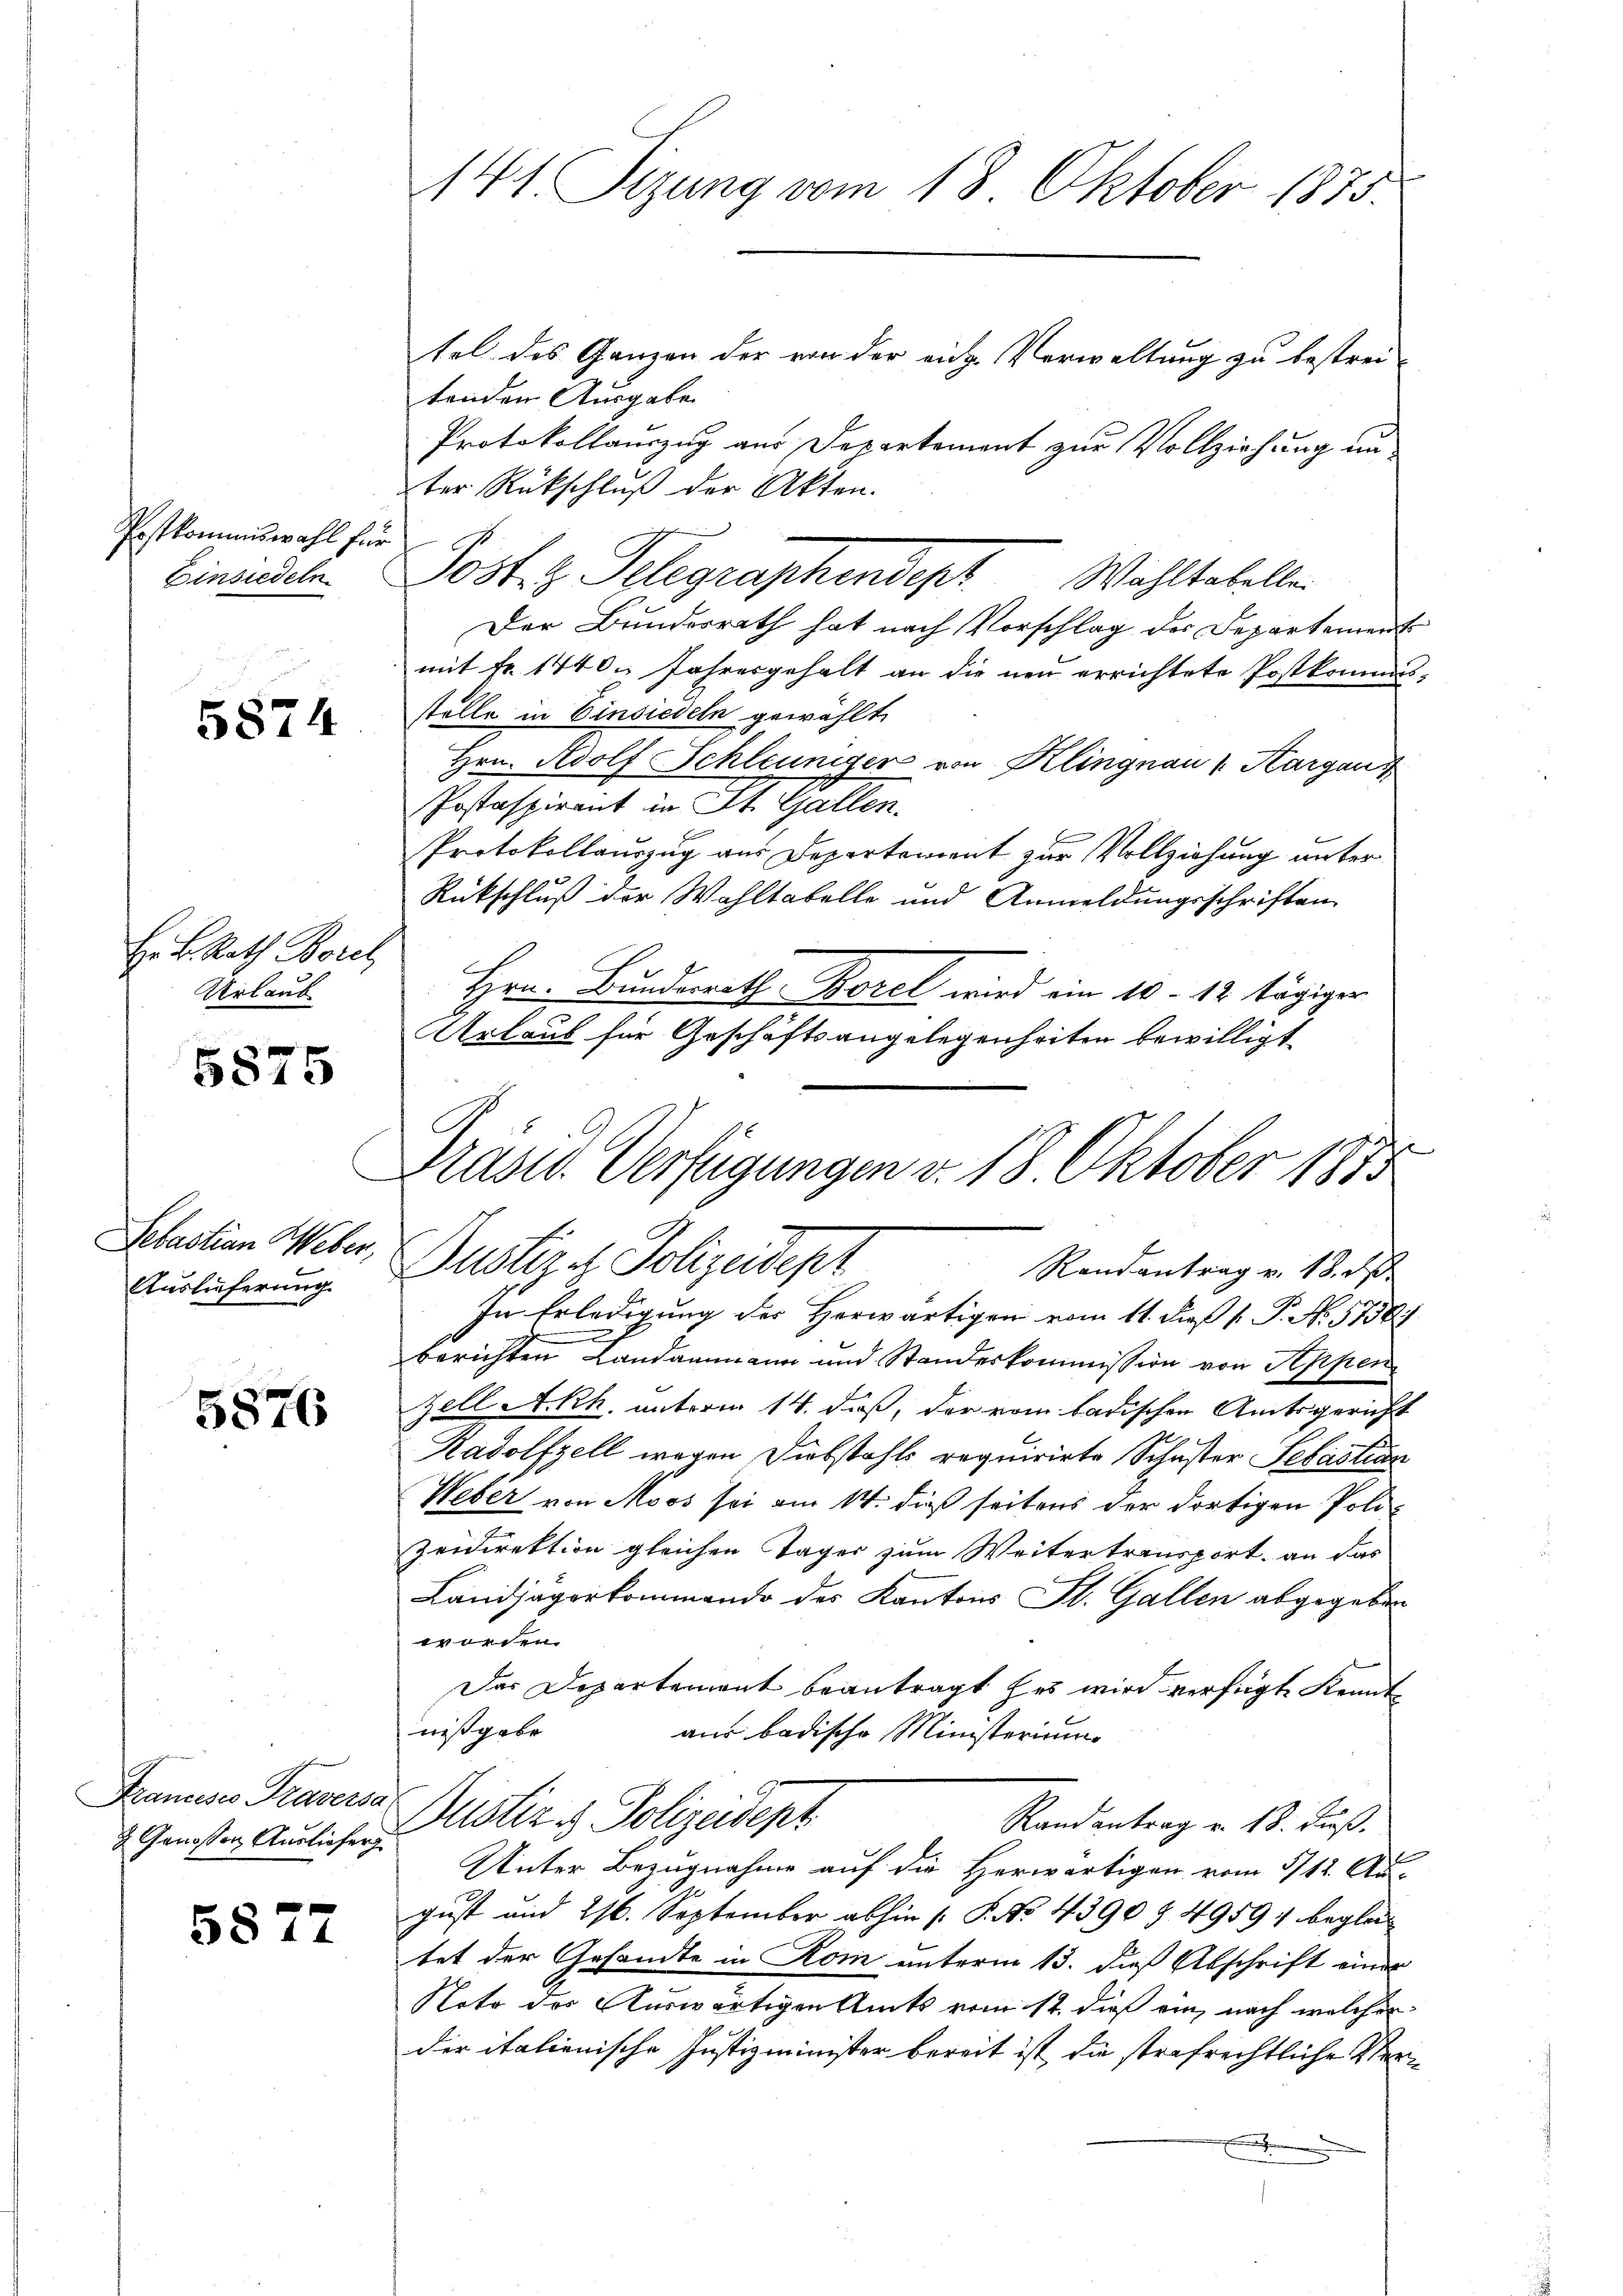
Postkommiswahl fü
Einsiedeln.

5874

Hr. K. Rath Borel
Urlaub

5875

Auslieferung

5876

5877

141. Tizung vom 18. Oktober 1873.

tel des Ganzen der von der eidg. Verwaltung zu bestrei-
tenden Ausgaben
Protokollauszug aus Departement zur Vollziehung un
2ter Rückschluß der Akten.
Posten Telegraphendept Wohltabellen.
Der Bundesrath hat nach Vorschlag des Departement
mit Fr. 1440. Jahresgehalt an die neu errichtete Postkommisstelle in Einsiedeln gewählt
Hrn. Adolf Schleuniger von Klingnau 1. Kargau
Postaspirant in St. Gallen.
Protokollauszug aus Departement zur Vollziehung unter¬
Rückschluß der Wahltabelle und Anmeldungsschriften
Hrn. Bundesrath Borel wird ein 10 - 12 tägiger
Urlaub für Geschäftsangelegenheiten bewilligt
e

Francesco Traversa
 Genossen Ausliefer

Prast. Verfügungen d. 18. Oktober 1835
Sebastian Weber, Gustiz & Polizeidept
Randantrag v. 18. d.

In Erledigung des Herwärtigen vom 11. dieß P. P. No. 57307
u
berichten Landammann und Standeskommission von Appen
Zell A.Rh. unterm 14. daß, der vom badischen Amtsgericht
Radolfzell wegen Diebstahls requirirte Schuster Sebastian
Weber von Moos sei am 14. dieß seitens der dortigen Poli¬
Zeidirektion gleichen Tager zum Weitertransport, an das
Landjägerkommando des Kantons St. Gallen abgegeben
a
Das Departement beantragt hat wird verfügte Kenntnißgabe
aus badische Ministerium
Justiz & Polizeident
Randantrag v. 18. Fuß.
Unter Bezugnahme auf die Herwärtigen vom 311. Au-
gust und 216. September abhin [P. No 4390 § 4959; begla
tet der Gesandte in Rom unterm 13. dieß Abschrift einer
Note der Auswärtigen Amts vom 12. dieß ein, nach welcher
der italienische Justizminister bereit ist, die strafrechtliche Ver¬
E